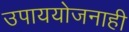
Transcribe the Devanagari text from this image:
उपाययोजनाही